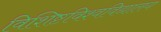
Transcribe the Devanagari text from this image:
विशिष्टविश्वविद्यालय